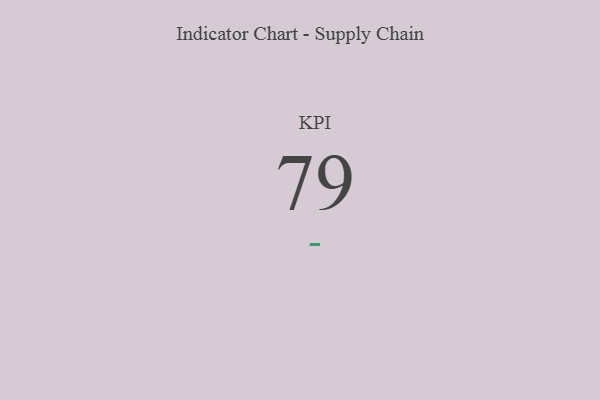
{"axis": {"x": "KPI", "y": "Value"}, "legend": [""], "data": [{"x": "KPI", "y": 79, "type": ""}]}